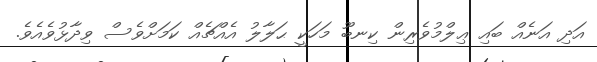
އަދި އަނެއް ބައި ޢިލްމުވެރިން ކިނބޫ މަހަކީ ޙަލާލު އެއްޗެއް ކަމަށްވެސް ވިދާޅުވެއެވެ.